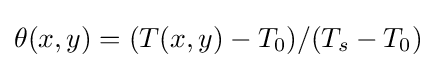
\theta (x,y)=(T(x,y)-T_{0})/(T_{s}-T_{0})